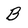
Character: B